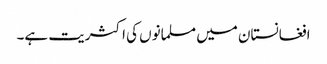
افغانستان میں مسلمانوں کی اکثریت ہے۔